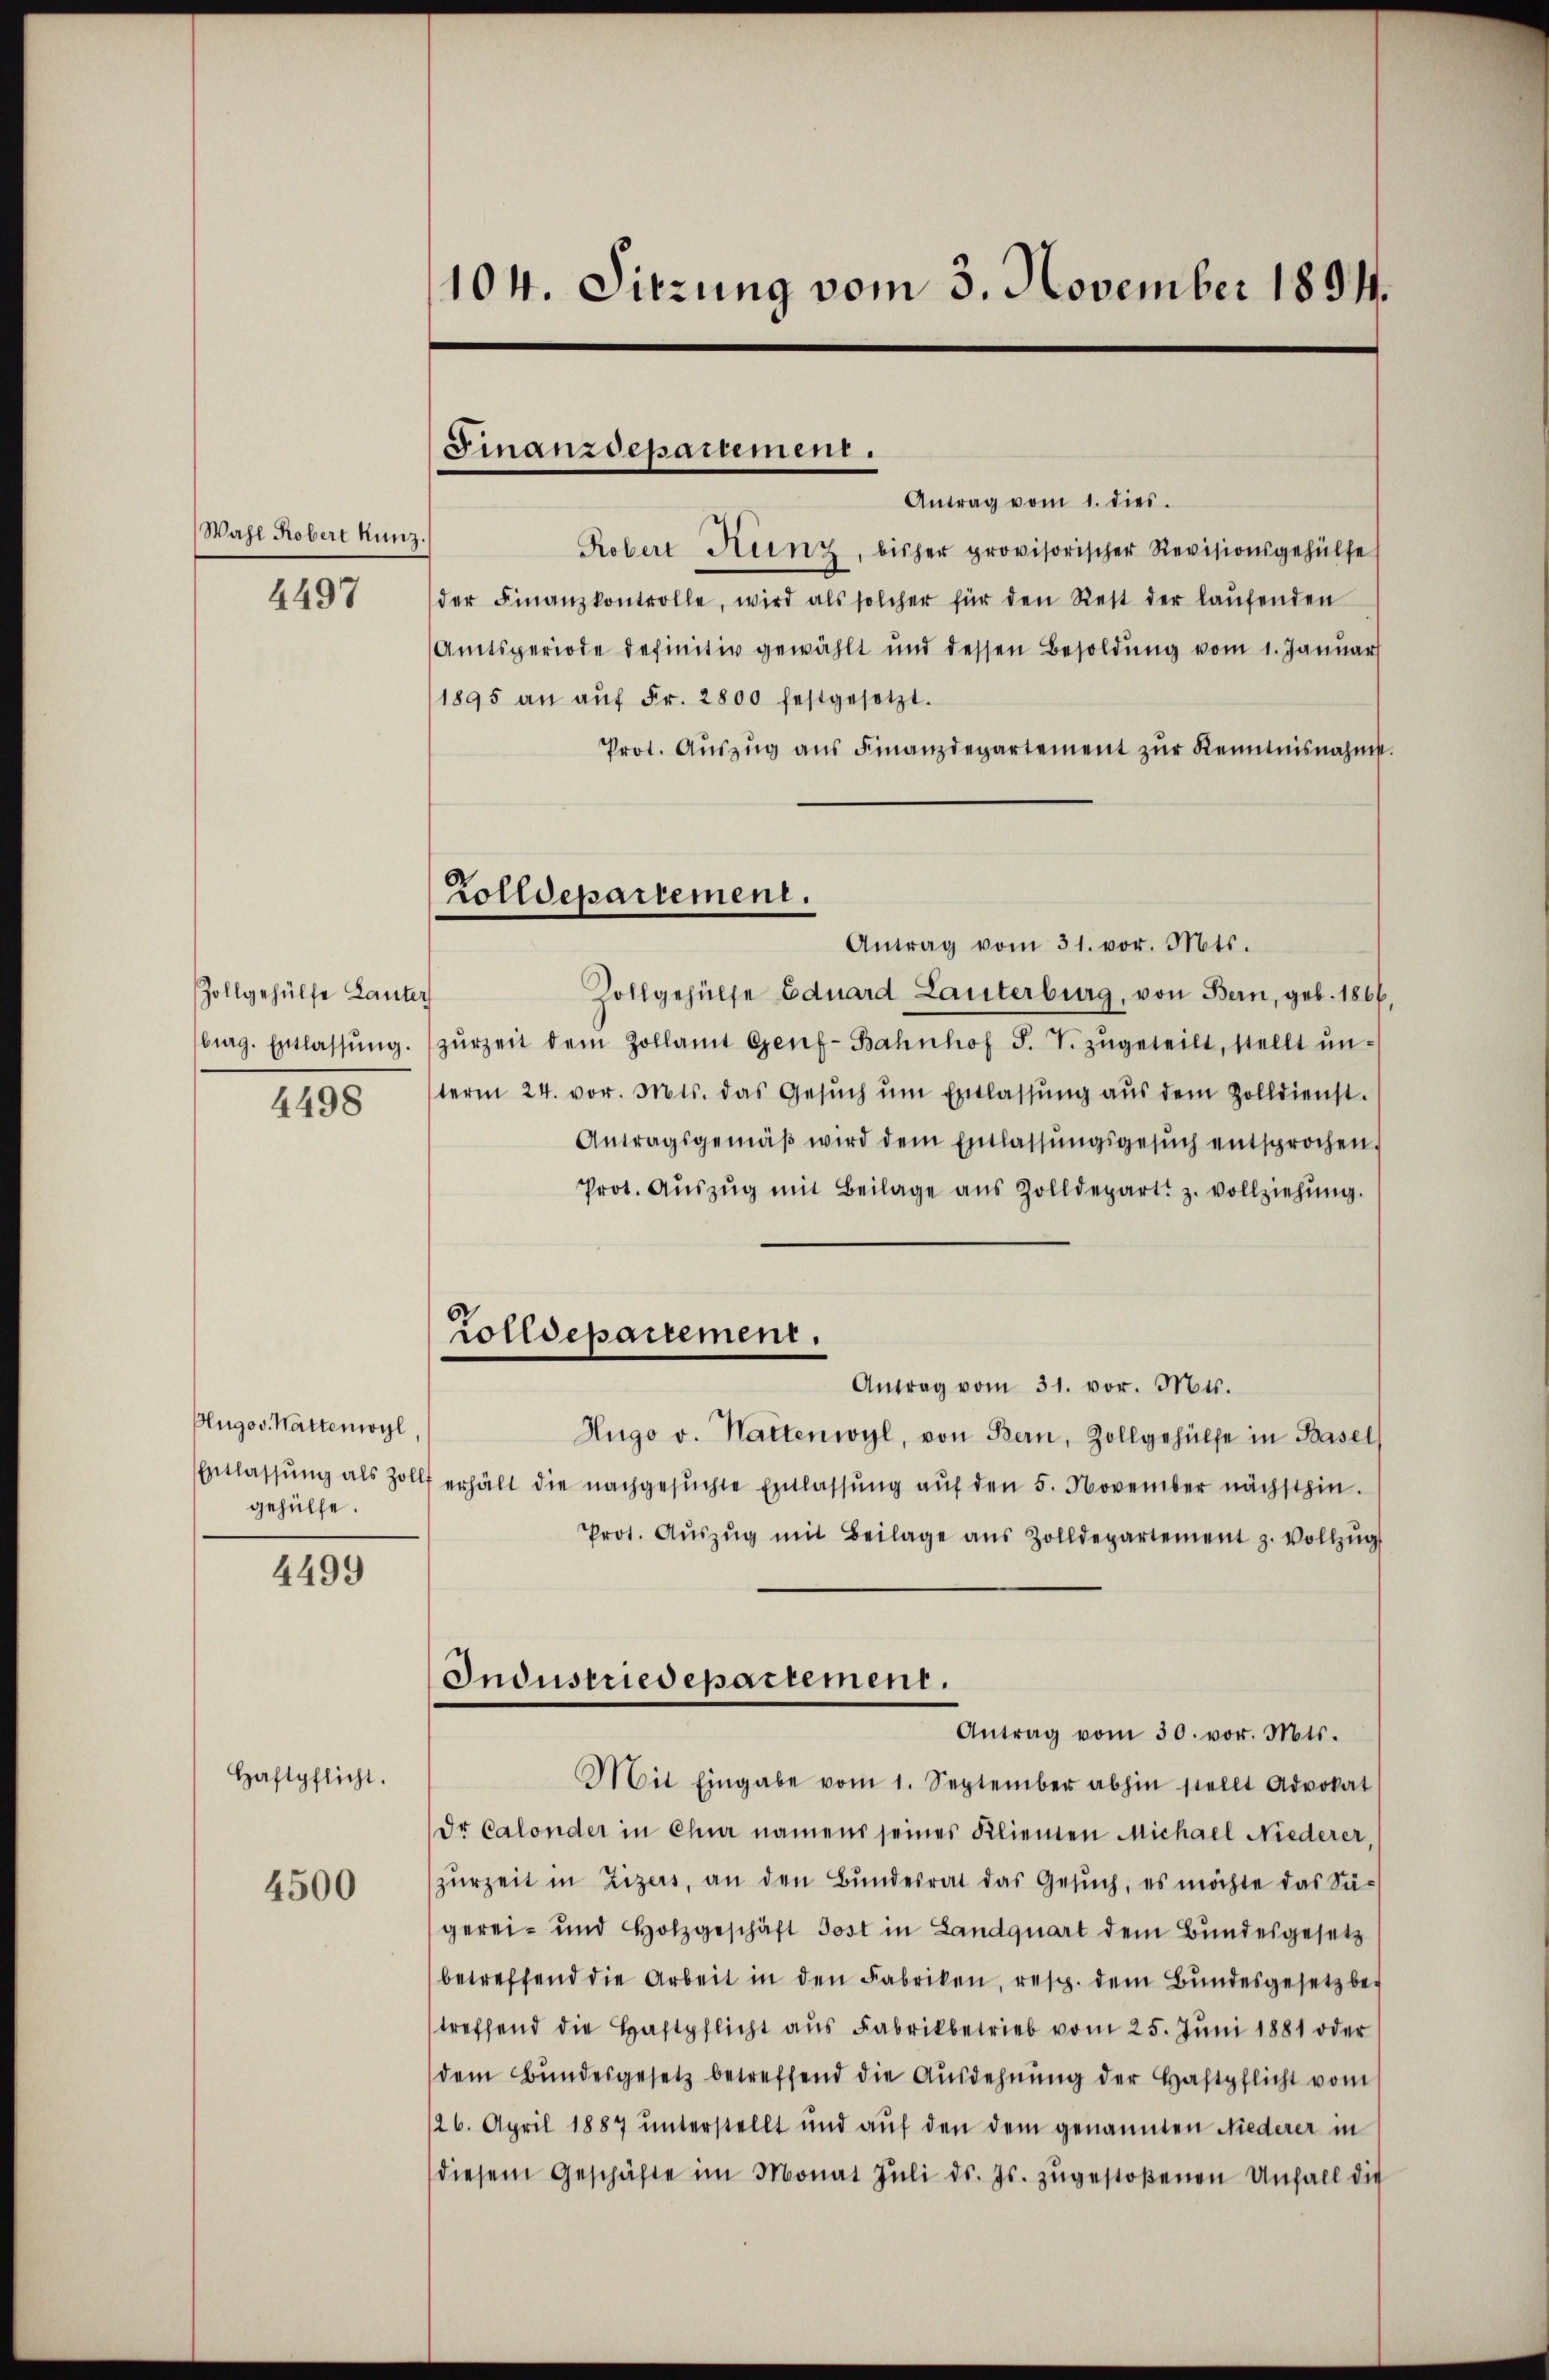
Wahl Robert Kunz.

4497

Zollgehülfe Lauter
burg. Entlassung.

4498

Hugov. Wattenwyl
Entlassung als Zolls
gehülfe.

4499

Haftpflicht.

4500

104. Sitzung vom 3. November 1894.

Finanzdepartement.

Zolldepartement.
Antrag vom 31. vor. Mts.

Antrag vom 1. dies
Robert Heinz, bisher provisorischer Revisionsgehülfe
der Finanzkontrolle, wird als solcher für den Rest der laŭfenden
Amtsperiode definitiv gewählt und dessen Besoldung vom 1. Januar
1895 an aŭf Fr. 2800 festgesetzt.
Prot. Aŭszŭg aŭs Finanzdepartement zŭr Kenntnisnahmst.
Zollgehülfe Eduard Lauterburg, von Bern, geb. 1866
zŭrzeit dem Zollamt Genf-Bahnhof S. T. zugeteilt, stellt unterm 24. vor. Mts. das Gesŭch ŭm Entlassŭng aŭs dem Zolldienst.
Antragsgemäβ wird dem Entlassŭngsgesŭch entsprochen,
Prot. Aŭszŭg mit Beilage aus Zolldepart. z. vollziehŭng.
Antrag vom 31. vor. Mts.
Hugo v. Hattenwyl, von Bern, Zollgehülfe in Basel
erhält die nachgesuchte Entlassung auf den 5. November nächsthin.
Prot. Aŭszŭg mit Beilage aus Zolldepartement z. Vollzŭg
Industriedepartement.
Antrag vom 30. vor. Mts.
Mit Eingabe vom 1. September abhin stellt Advokat
dr Calonder in Chur namens seines Klienten Michael Niederer
zurZeit in Zizeis, an den Bundesrat das Gesuch, es möchte das Sü-
gerei- und Holzgeschäft Jost in Landquart dem Bundesgesetz
betreffend die Arbeit in den Fabriken, resp. dem Bŭndesgesetz betreffend die Haftpflicht aus Fabrikbetrieb vom 25. Juni 1881 oder
dem Bŭndesgesetz betreffend die Ausdehnung der Haftpflicht vom
126. April 1887 unterstellt und aŭf den dem genannten Niederer in
diesem Geschäfte im Monat Jŭli d. Js. zŭgestoßenen Unfall die

Zolldepartement.